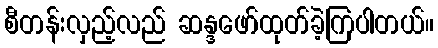
စီတန်းလှည့်လည် ဆန္ဒဖော်ထုတ်ခဲ့ကြပါတယ်။